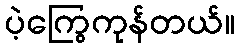
ပဲ့ကြွေကုန်တယ်။